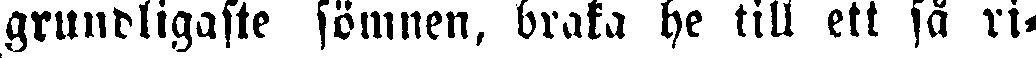
grundligaste sömnen, braka he till ett så ri-